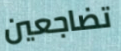
تضاجعين